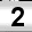
Digit: 2